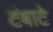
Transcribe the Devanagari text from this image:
टंबाटे